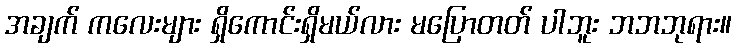
အချက် ကလေးများ ရှိကောင်းရှိမယ်လား မပြောတတ် ပါဘူး ဘဘဘုရား။